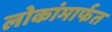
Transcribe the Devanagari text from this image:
लोकांमार्फत